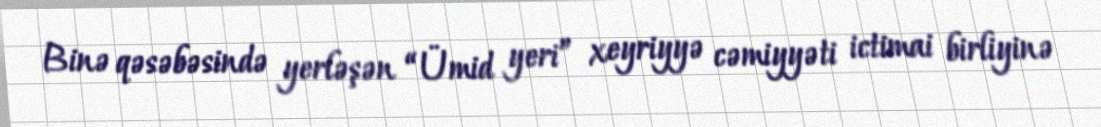
Binə qəsəbəsində yerləşən “Ümid yeri” xeyriyyə cəmiyyəti ictimai birliyinə